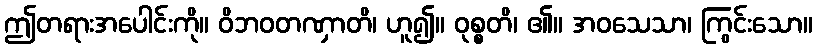
ဤတရားအပေါင်းကို။ ဝိဘဝတဏှာတိ၊ ဟူ၍။ ဝုစ္စတိ၊ ၏။ အဝသေသာ၊ ကြွင်းသော။